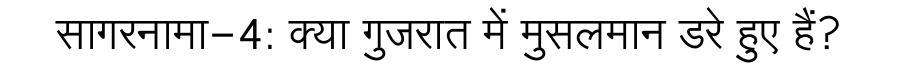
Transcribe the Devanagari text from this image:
सागरनामा-4: क्या गुजरात में मुसलमान डरे हुए हैं?